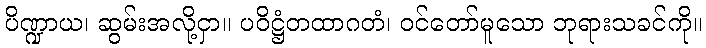
ပိဏ္ဍာယ၊ ဆွမ်းအလို့ငှာ။ ပဝိဋ္ဌံတထာဂတံ၊ ဝင်တော်မူသော ဘုရားသခင်ကို။